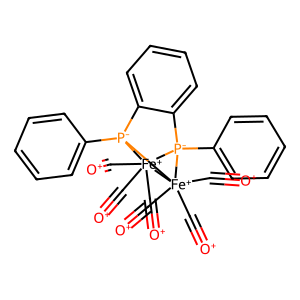
SMILES: [O+]#C[Fe+]12(C#[O+])(C#[O+])[P-]3(c4ccccc4)c4ccccc4[P-]1(c1ccccc1)[Fe+]32(C#[O+])(C#[O+])C#[O+]
Inhibits HIV replication: No